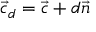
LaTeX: { \vec { c } } _ { d } = { \vec { c } } + d { \vec { n } }